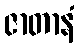
ဇာတာနံ